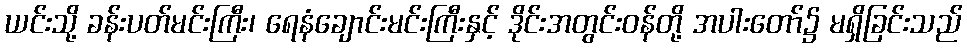
ယင်းသို့ ခန်းပတ်မင်းကြီး၊ ရေနံချောင်းမင်းကြီးနှင့် ဒိုင်းအတွင်းဝန်တို့ အပါးတော်၌ မရှိခြင်းသည်